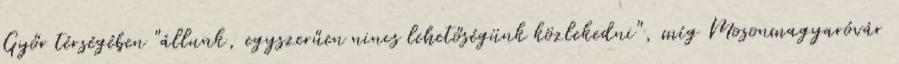
Győr térségében "állunk, egyszerűen nincs lehetőségünk közlekedni", míg Mosonmagyaróvár